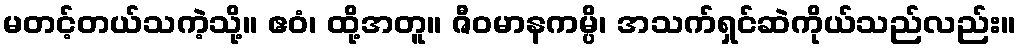
မတင့်တယ်သကဲ့သို့။ ဧဝံ၊ ထို့အတူ။ ဇီဝမာနကမ္ပိ၊ အသက်ရှင်ဆဲကိုယ်သည်လည်း။